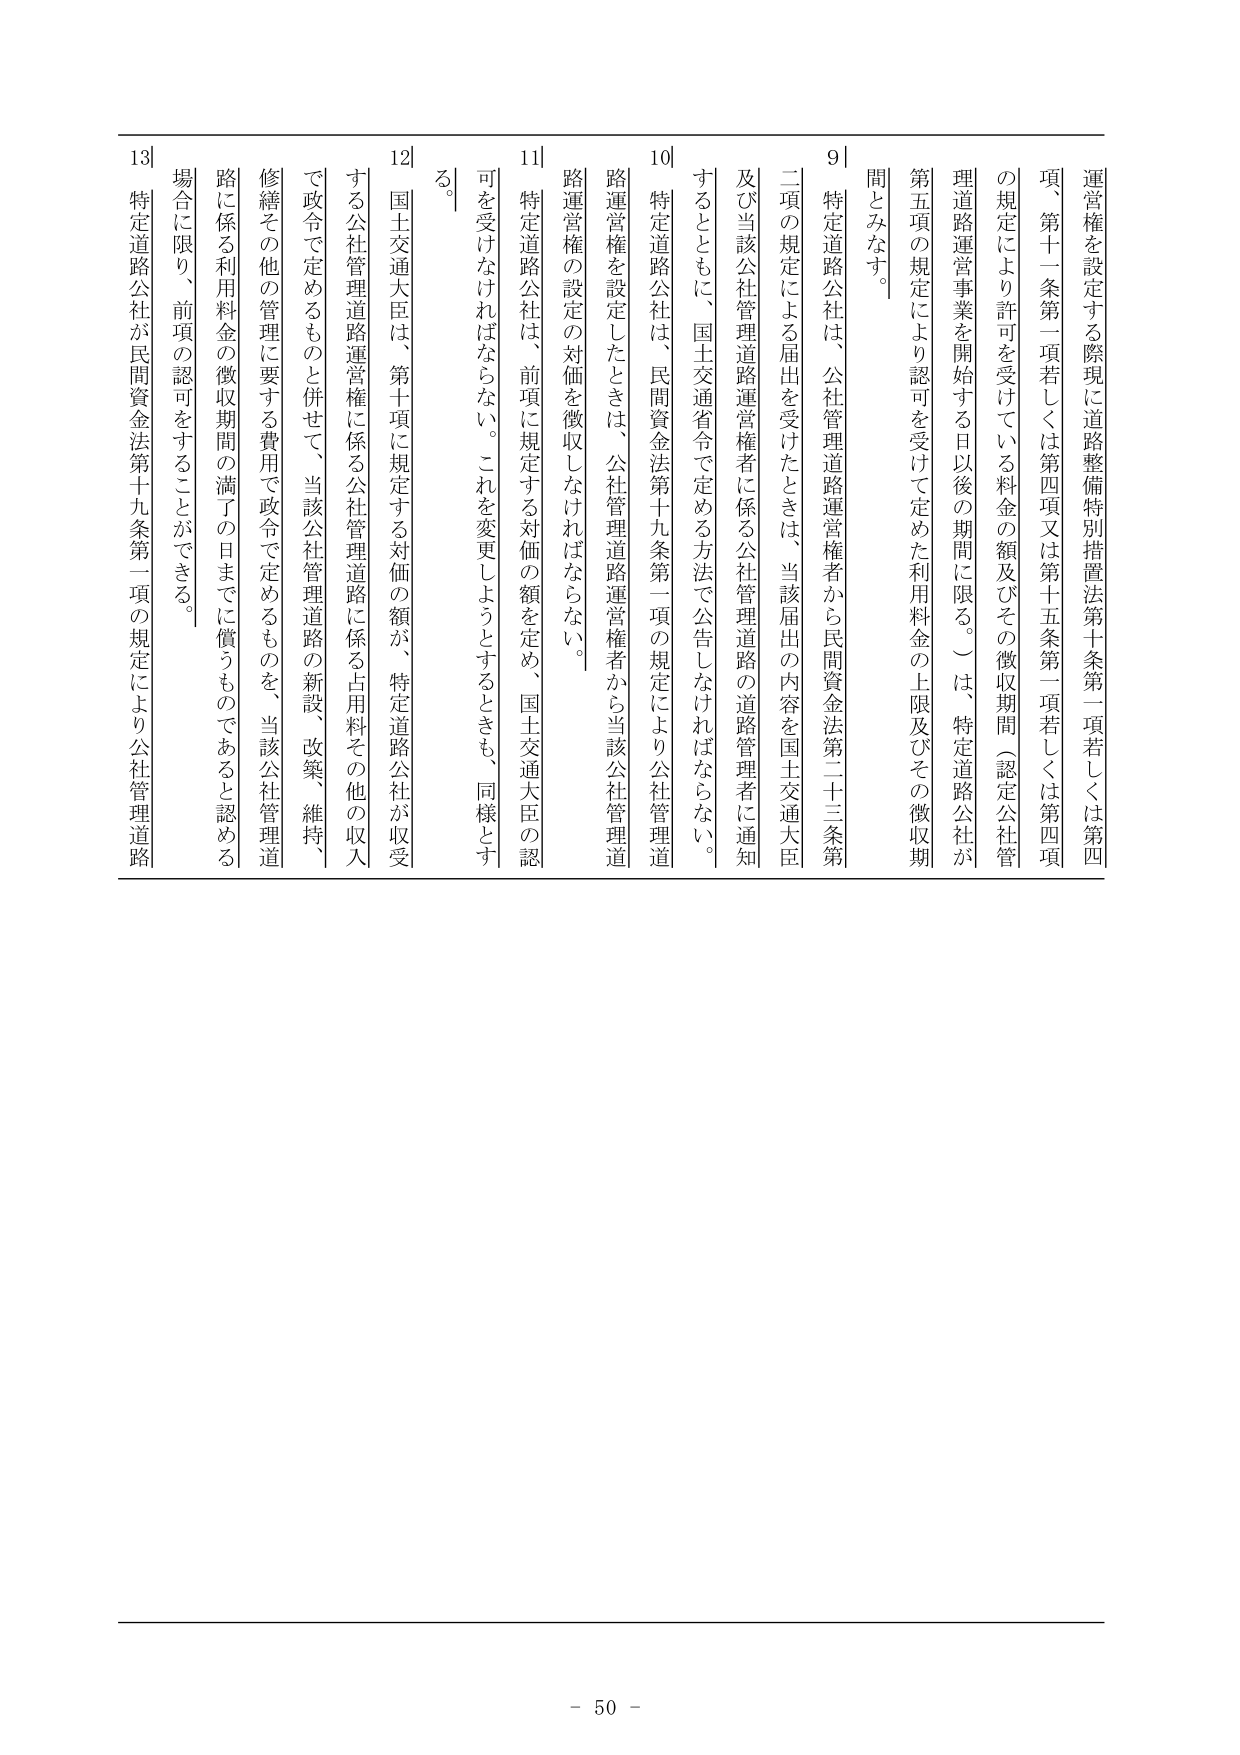
運営権を設定する際現に道路整備特別措置法第十条第一項若しくは第四項、第十一条第一項若しくは第四項又は第十五条第一項若しくは第四項の規定により許可を受けている料金の額及びその徴収期間（認定公社管理道路運営事業を開始する日以後の期間に限る。）は、特定道路公社が第五項の規定により認可を受けて定めた利用料金の上限及びその徴収期間とみなす。

9 特定道路公社は、公社管理道路運営権者から民間資金法第二十三条第二項の規定による届出を受けたときは、当該届出の内容を国土交通大臣及び当該公社管理道路運営権者に係る公社管理道路の道路管理者に通知するとともに、国土交通省令で定める方法で公告しなければならない。

10 特定道路公社は、民間資金法第十九条第一項の規定により公社管理道路運営権を設定したときは、公社管理道路運営権者から当該公社管理道路運営権の設定の対価を徴収しなければならない。

11 特定道路公社は、前項に規定する対価の額を定め、国土交通大臣の認可を受けなければならない。これを変更しようとするときも、同様とする。

12 国土交通大臣は、第十項に規定する対価の額が、特定道路公社が収受する公社管理道路運営権に係る公社管理道路に係る占用料その他の収入で政令で定めるものと併せて、当該公社管理道路の新設、改築、維持、修繕その他の管理に要する費用で政令で定めるものを、当該公社管理道路に係る利用料金の徴収期間の満了の日までに償うものであると認める場合に限り、前項の認可をすることができる。

13 特定道路公社が民間資金法第十九条第一項の規定により公社管理道路

- 50 -